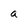
Character: a